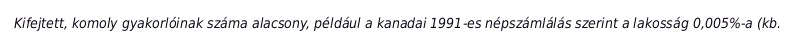
Kifejtett, komoly gyakorlóinak száma alacsony, például a kanadai 1991-es népszámlálás szerint a lakosság 0,005%-a (kb.